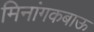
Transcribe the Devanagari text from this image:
मिनांगकबाऊ